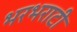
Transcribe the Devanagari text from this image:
भरभराटी